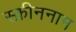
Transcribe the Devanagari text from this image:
स्क्रीननाम